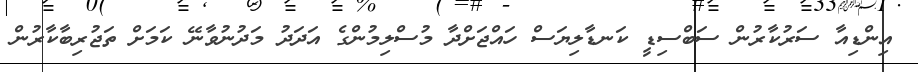
އިންޑިއާ ސަރުކާރުން ސަބްސިޑީ ކަނޑާލިޔަސް ހައްޖަށްދާ މުސްލިމުންގެ އަދަދު މަދުނުވާނޭ ކަމަށް ތަޖުރިބާކާރުން